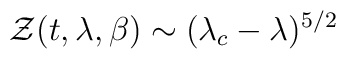
{\cal Z}(t,\lambda,\beta) \sim (\lambda_c-\lambda)^{5/2}